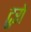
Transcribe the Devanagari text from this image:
ट्रुरो